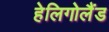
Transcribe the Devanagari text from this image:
हेलिगोलैंड